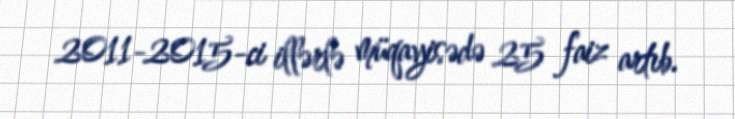
2011-2015-ci illərlə müqayisədə 25 faiz artıb.